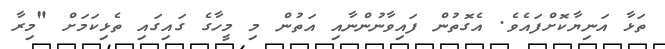
ތަޅާ އަނިޔާކޮށްފައެވެ. އެގޮތުން ފައިވާނުންނާއި އަތުން މި މީހާގެ ގައިގައި ތެޅިކަމަށް "މިރާ